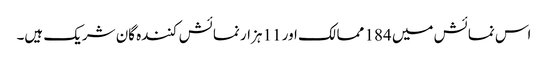
اس نمائش میں 184 ممالک اور 11 ہزار نمائش کنندہ گان شریک ہیں۔